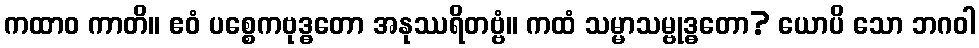
ကထာဝ ကာတိ။ ဧဝံ ပစ္စေကဗုဒ္ဓတော အနုဿရိတဗ္ဗံ။ ကထံ သမ္မာသမ္ဗုဒ္ဓတော? ယောပိ သော ဘဂဝါ